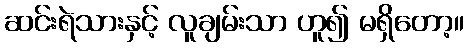
ဆင်းရဲသားနှင့် လူချမ်းသာ ဟူ၍ မရှိတော့။